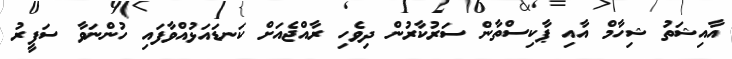
އާއިޝަތު ޝިހާމް އާއި ޕާކިސްތާން ސަރުކާރުން ދިވެހި ރާއްޖެއަށް ކަނޑައަޅުއްވާފައި ހުންނަވާ ސަފީރު